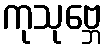
ကုသုဗ္ဘေ